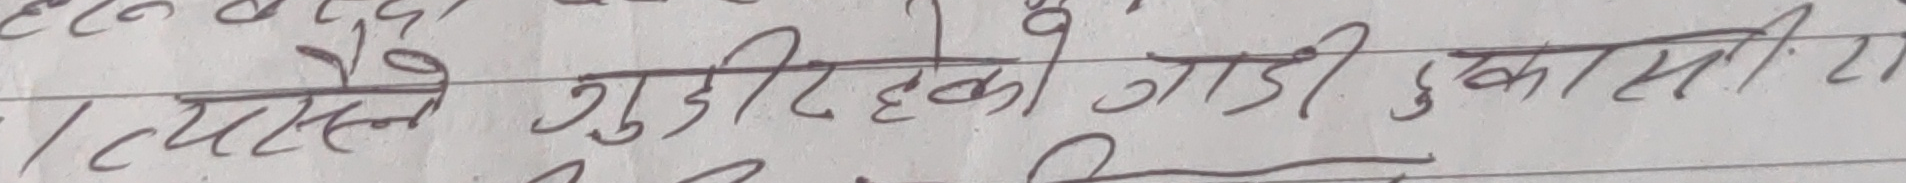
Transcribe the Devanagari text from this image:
त्यसले गुडीरहेको गाडी उकासी रा